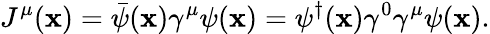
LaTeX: J^{\mu}(\mathbf{x})=\bar{{\psi}}(\mathbf{x})\gamma^{\mu}\psi(\mathbf{x})=\psi^{\dagger}(\mathbf{x})\gamma^{0}\gamma^{\mu}\psi(\mathbf{x}).